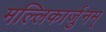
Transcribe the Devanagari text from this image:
मल्लिकार्जुनम्